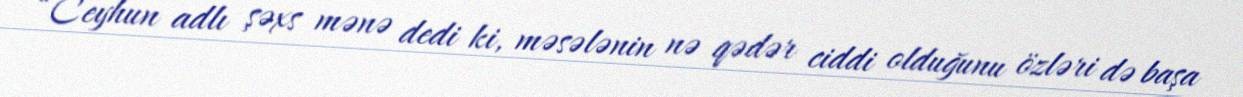
“Ceyhun adlı şəxs mənə dedi ki, məsələnin nə qədər ciddi olduğunu özləri də başa